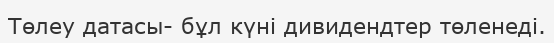
Төлеу датасы- бұл күні дивидендтер төленеді.